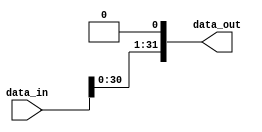
`timescale 1us/1ns
// 32 bit input, 32 bit output, left shift by 1 bit, asynchronous
module left_shift_1(
    input [31 : 0] data_in,
    output reg [31 : 0] data_out
);
	initial begin
		data_out <= 32'd0;
	end
	always @(*) begin    
		data_out <= data_in << 1;
	end

endmodule